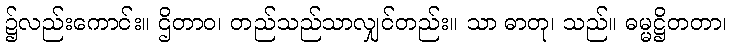
၌လည်းကောင်း။ ဌိတာဝ၊ တည်သည်သာလျှင်တည်း။ သာ ဓာတု၊ သည်။ ဓမ္မဋ္ဌိတတာ၊